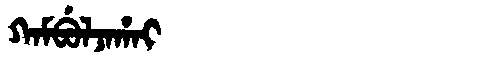
Manchu: ᡴᠠᠮᠪᡠᠯᠵᠠᡥᠠᡳ
Romanization: KAMBULJAHAI